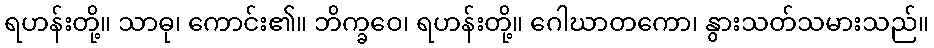
ရဟန်းတို့။ သာဓု၊ ကောင်း၏။ ဘိက္ခဝေ၊ ရဟန်းတို့။ ဂေါဃာတကော၊ နွားသတ်သမားသည်။